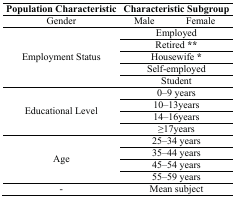
| Population Characteristic | <COLSPAN=2> Characteristic Subgroup |
 | --- | --- | --- |
 | Gender | Male | Female |
 | <ROWSPAN=5> Employment Status | <COLSPAN=2> Employed |
 | <COLSPAN=2> Retired ** |
 | <COLSPAN=2> Housewife * |
 | <COLSPAN=2> Self-employed |
 | <COLSPAN=2> Student |
 | <ROWSPAN=4> Educational Level | <COLSPAN=2> 0–9 years |
 | <COLSPAN=2> 10–13years |
 | <COLSPAN=2> 14–16years |
 | <COLSPAN=2> ≥17years |
 | <ROWSPAN=4> Age | <COLSPAN=2> 25–34 years |
 | <COLSPAN=2> 35–44 years |
 | <COLSPAN=2> 45–54 years |
 | <COLSPAN=2> 55–59 years |
 | - | <COLSPAN=2> Mean subject |